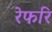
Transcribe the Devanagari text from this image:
रेफरि